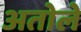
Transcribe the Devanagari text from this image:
अतोले